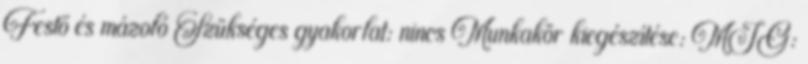
Festő és mázoló Szükséges gyakorlat: nincs Munkakör kiegészítése: MIG: